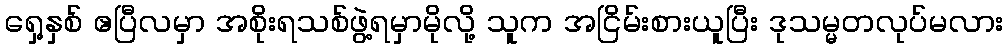
ရှေ့နှစ် ဧပြီလမှာ အစိုးရသစ်ဖွဲ့ရမှာမိုလို့ သူက အငြိမ်းစားယူပြီး ဒုသမ္မတလုပ်မလား